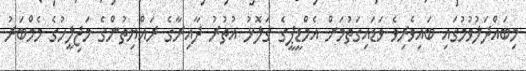
މިބައްދަލުވުމުގައި ބައިވެރިވެ ވަޑައިގަތުމަށް އެމްޑީޕީގެ ގަލޮޅު އުތުރު ދާއިރާގެ ރައްޔިތުންގެ މަޖިލީހުގެ މެމްބަރު